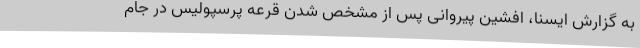
به گزارش ایسنا، افشین پیروانی پس از مشخص شدن قرعه پرسپولیس‌ در جام